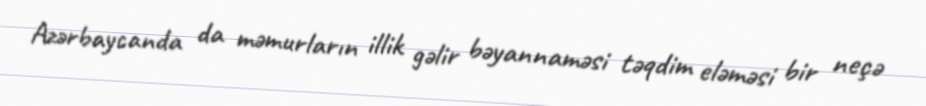
Azərbaycanda da məmurların illik gəlir bəyannaməsi təqdim eləməsi bir neçə